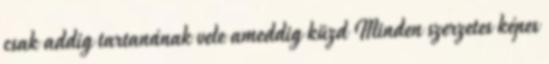
csak addig tartanának vele ameddig küzd Minden szerzetes képes